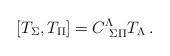
LaTeX: \begin{align*}\left[T_{\Sigma},T_{\Pi}\right]=C^{\Lambda}_{\ \Sigma\Pi}T_{\Lambda}\,.\end{align*}